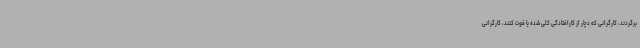
برگردند، کارگرانی که دچار از کارافتادگی کلی شده یا فوت کنند، کارگرانی